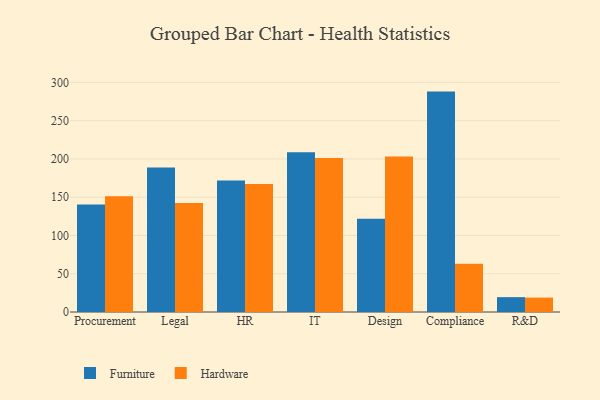
{"axis": {"x": "Department", "y": "Website Visitors"}, "legend": ["Furniture", "Hardware"], "data": [{"x": "Procurement", "y": 140.4, "type": "Furniture"}, {"x": "Procurement", "y": 151.2, "type": "Hardware"}, {"x": "Legal", "y": 188.7, "type": "Furniture"}, {"x": "Legal", "y": 142.4, "type": "Hardware"}, {"x": "HR", "y": 171.8, "type": "Furniture"}, {"x": "HR", "y": 167.4, "type": "Hardware"}, {"x": "IT", "y": 208.9, "type": "Furniture"}, {"x": "IT", "y": 201.3, "type": "Hardware"}, {"x": "Design", "y": 121.8, "type": "Furniture"}, {"x": "Design", "y": 203.3, "type": "Hardware"}, {"x": "Compliance", "y": 288.0, "type": "Furniture"}, {"x": "Compliance", "y": 62.9, "type": "Hardware"}, {"x": "R&D", "y": 19.4, "type": "Furniture"}, {"x": "R&D", "y": 18.8, "type": "Hardware"}]}